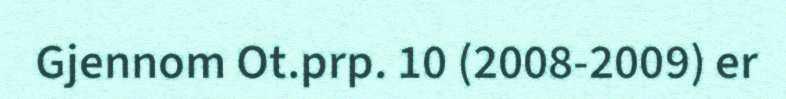
Gjennom Ot.prp. 10 (2008-2009) er